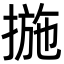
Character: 揓